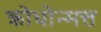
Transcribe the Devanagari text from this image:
क्रोधोन्मत्त